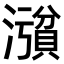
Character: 𪷪